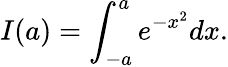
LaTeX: I(a)=\int_{-a}^{a}e^{-x^{2}}dx.